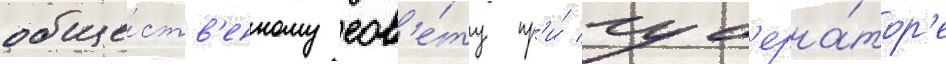
обще́ств'енному сов'е́ту пр'и́ губ'ерна́тор'е